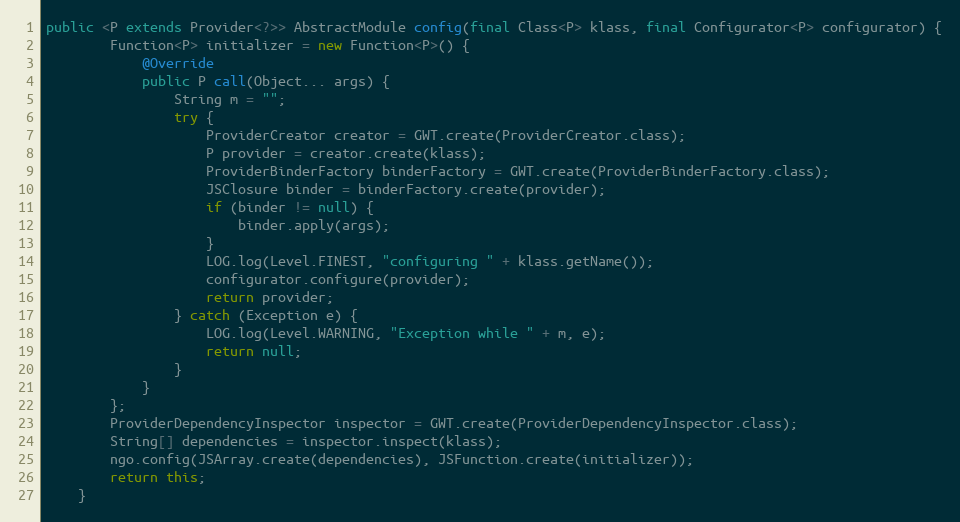
Language: Java
public <P extends Provider<?>> AbstractModule config(final Class<P> klass, final Configurator<P> configurator) {
        Function<P> initializer = new Function<P>() {
            @Override
            public P call(Object... args) {
                String m = "";
                try {
                    ProviderCreator creator = GWT.create(ProviderCreator.class);
                    P provider = creator.create(klass);
                    ProviderBinderFactory binderFactory = GWT.create(ProviderBinderFactory.class);
                    JSClosure binder = binderFactory.create(provider);
                    if (binder != null) {
                        binder.apply(args);
                    }
                    LOG.log(Level.FINEST, "configuring " + klass.getName());
                    configurator.configure(provider);
                    return provider;
                } catch (Exception e) {
                    LOG.log(Level.WARNING, "Exception while " + m, e);
                    return null;
                }
            }
        };
        ProviderDependencyInspector inspector = GWT.create(ProviderDependencyInspector.class);
        String[] dependencies = inspector.inspect(klass);
        ngo.config(JSArray.create(dependencies), JSFunction.create(initializer));
        return this;
    }